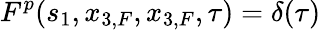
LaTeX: F^{p}(s_{1},x_{3,F},x_{3,F},\tau)=\delta(\tau)